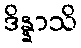
ဒိန္နာသိ